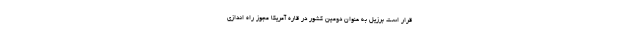
قرار است برزیل به عنوان دومین کشور در قاره آمریکا مجوز راه اندازی